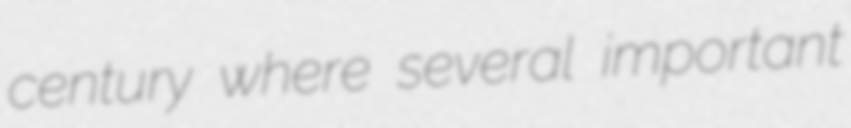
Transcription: century where several important